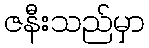
ဇနီးသည်မှာ